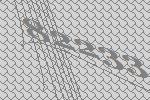
82233